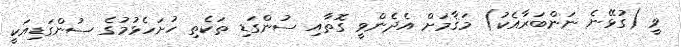
ވީ (ގުޅޭނެ ނަންބަރާއެކު) މަޤާމަށް އެދެންވީ ގޮތާއި ސުންގަޑި ތަކެތި ހުށަހެޅުމުގެ ސުންގަޑިއަކީ